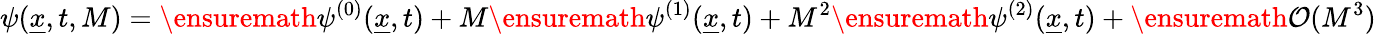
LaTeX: \psi(\underline{{x}},t,M)=\ensuremath{\psi^{(0)}}(\underline{{x}},t)+M\ensuremath{\psi^{(1)}}(\underline{{x}},t)+M^{2}\ensuremath{\psi^{(2)}}(\underline{{x}},t)+\ensuremath{\mathcal{O}(M^{3})}